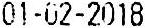
01-02-2018